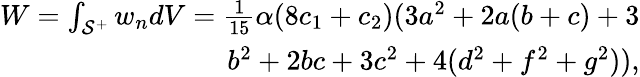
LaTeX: \begin{array}{r}{W=\int_{\mathcal S^{+}}w_{n}dV=\frac{1}{15}\alpha(8{c_{1}}+{c_{2}})(3a^{2}+2a(b+c)+3}\\ {b^{2}+2bc+3c^{2}+4(d^{2}+f^{2}+g^{2})),}\end{array}